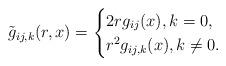
LaTeX: \begin{align*}\tilde{g}_{ij,k}(r,x)=\begin{cases}2rg_{ij}(x), k=0,\\r^2g_{ij,k}(x), k\neq0.\end{cases}\end{align*}